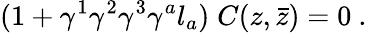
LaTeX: (1+\gamma^{1}\gamma^{2}\gamma^{3}\gamma^{a}l_{a})\; C(z,\bar{z})=0\ .